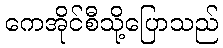
ကေအိုင်စီသို့ပြောသည်